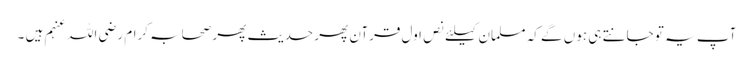
آپ یہ تو جانتے ہی ہوں گے کہ مسلمان کیلئے نص اول قرآن پھر حدیث پھر صحابہ کرام رضی اللہ عنہم ہیں ۔